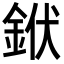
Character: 𨦛